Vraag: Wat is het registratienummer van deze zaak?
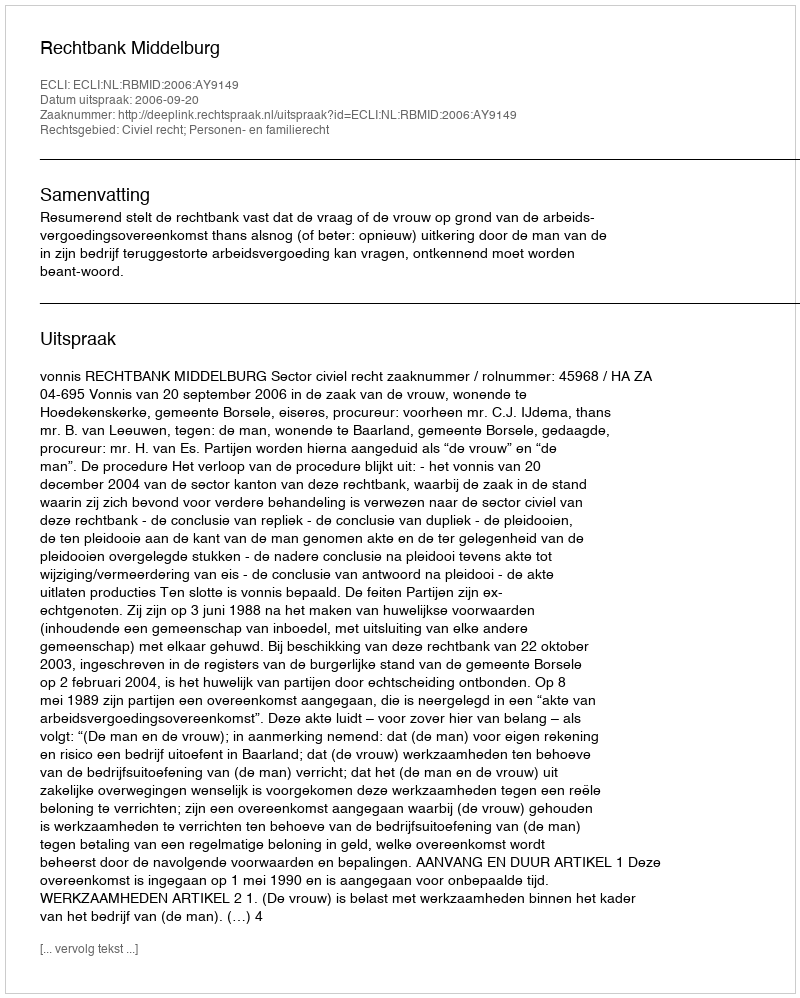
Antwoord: http://deeplink.rechtspraak.nl/uitspraak?id=ECLI:NL:RBMID:2006:AY9149